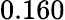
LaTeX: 0.160